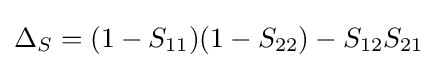
\Delta _{S}=(1-S_{11})(1-S_{22})-S_{12}S_{21}